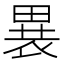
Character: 𬏋